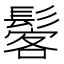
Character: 𩭽